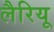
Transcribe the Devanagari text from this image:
लैरियू